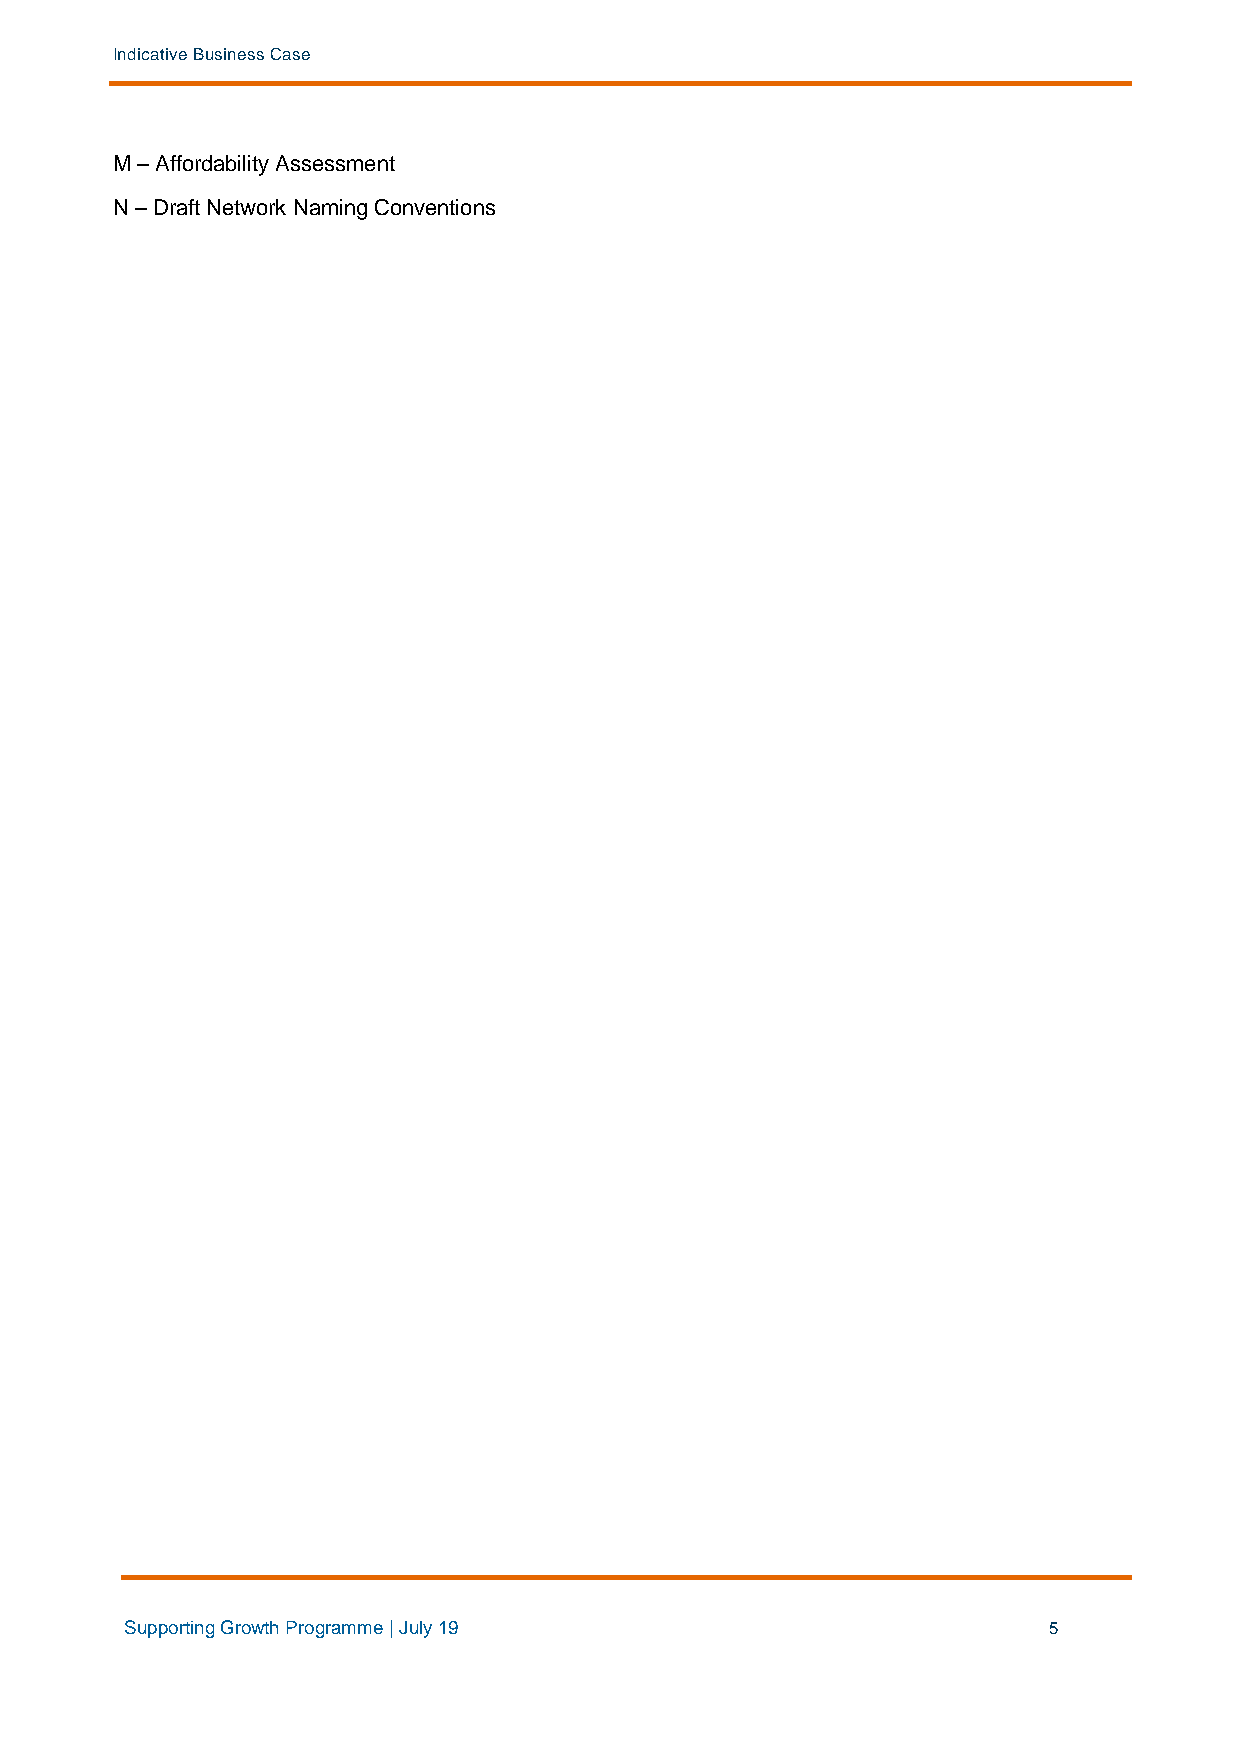
Indicative Business Case
 M – Affordability Assessment
 N – Draft Network Naming Conventions
 Supporting Growth Programme | July 19                        5